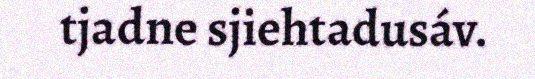
tjadne sjiehtadusáv.